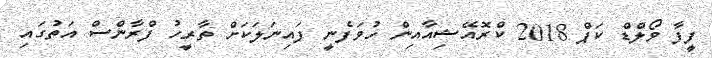
ފީފާ ވޯލްޑް ކަޕް 2018 ކްރޮއޭޝިއާއިން ހުވަފެނީ ފައިނަލަކަށް ތާރީހު ފްރާންސް އަތުގައި